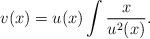
LaTeX: \begin{align*}v(x) = u(x)\int\frac{x}{u^2(x)}.\end{align*}